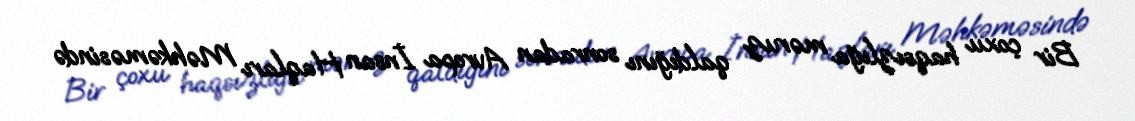
Bir çoxu haqsızlığa məruz qaldığını sonradan Avropa İnsan Haqları Məhkəməsində